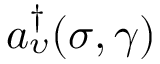
a _ { \upsilon } ^ { \dag } ( \sigma , \gamma )